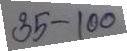
35 - 100